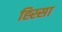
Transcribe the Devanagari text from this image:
ह्स्सिा